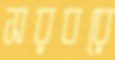
সরবরে